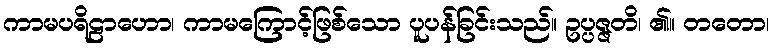
ကာမပရိဠာဟော၊ ကာမကြောင့်ဖြစ်သော ပူပန်ခြင်းသည်။ ဥပ္ပဇ္ဇတိ၊ ၏။ တတော၊